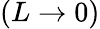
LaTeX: (L\to 0)